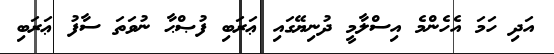
އަދި ހަމަ އެހެންމެ އިސްލާމީ ދުނިޔޭގައި ޢަރަބި ފުޞްޙާ ނުވަތަ ސާފު ޢަރަބި